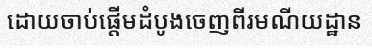
ដោយចាប់ផ្តើមដំបូងចេញពីរមណីយដ្ឋាន